Source: Handwritten
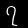
Digit: ၇ (7)